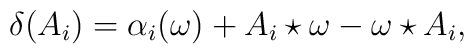
\delta (A_i)=\alpha _i(\omega)+ A_i\star  \omega-\omega\star A_i,